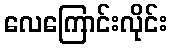
လေကြောင်းလိုင်း